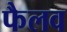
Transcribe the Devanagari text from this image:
फैलव